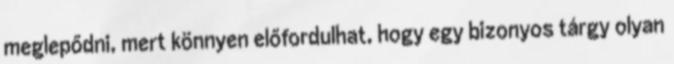
meglepődni, mert könnyen előfordulhat, hogy egy bizonyos tárgy olyan